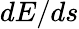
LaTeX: dE/ds